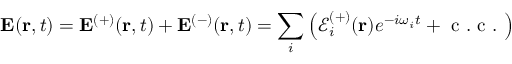
\mathbf { E } ( \mathbf { r } , t ) = \mathbf { E } ^ { ( + ) } ( \mathbf { r } , t ) + \mathbf { E } ^ { ( - ) } ( \mathbf { r } , t ) = \sum _ { i } \left( \boldsymbol { \mathcal { E } } _ { i } ^ { ( + ) } ( \mathbf { r } ) e ^ { - i \omega _ { i } t } + \mathrm { ~ c ~ . ~ c ~ . ~ } \right)